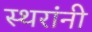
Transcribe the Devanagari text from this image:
स्थरांनी